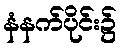
နံနက်ပိုင်း၌